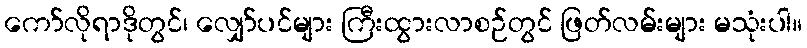
ကော်လိုရာဒိုတွင်၊ လျှော်ပင်များ ကြီးထွားလာစဉ်တွင် ဖြတ်လမ်းများ မသုံးပါ။